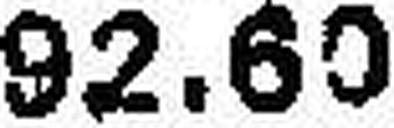
92.60